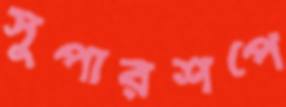
সুপারশপে